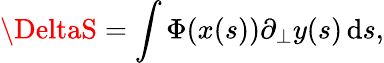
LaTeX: \DeltaS=\int\Phi(x(s))\partial_{\bot}y(s)\, \mathrm{d}s,